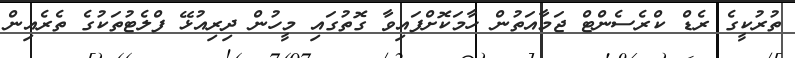
ތުރުކީގެ ރެޑް ކްރެސެންޓް ޖަމާއަތުން ހާމަކޮށްފައިވާ ގޮތުގައި މީހުން ދިރިއުޅޭ ފްލެޓުތަކުގެ ތެރެއިން